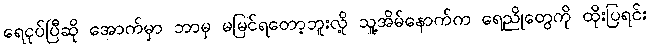
ရေငုပ်ပြီဆို အောက်မှာ ဘာမှ မမြင်ရတော့ဘူးလို့ သူ့အိမ်နောက်က ရေညိုတွေကို ထိုးပြရင်း